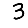
Digit: 3